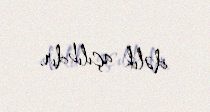
dəlik açılıbdır.